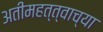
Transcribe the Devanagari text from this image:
अतीमहत्त्वाच्या